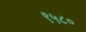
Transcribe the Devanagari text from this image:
९५८०